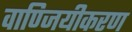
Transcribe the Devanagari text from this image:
वाण्जियीकरण